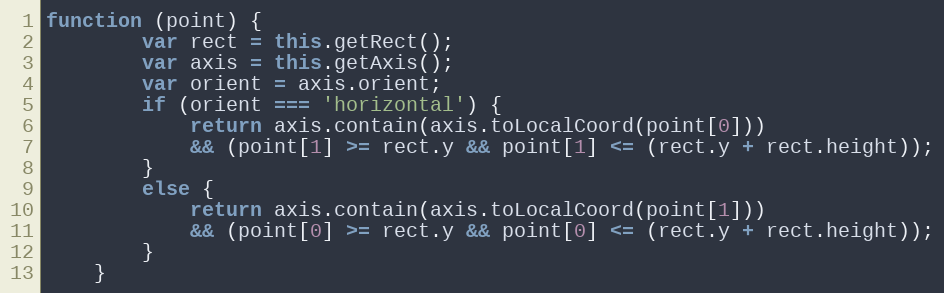
Language: JavaScript
function (point) {
        var rect = this.getRect();
        var axis = this.getAxis();
        var orient = axis.orient;
        if (orient === 'horizontal') {
            return axis.contain(axis.toLocalCoord(point[0]))
            && (point[1] >= rect.y && point[1] <= (rect.y + rect.height));
        }
        else {
            return axis.contain(axis.toLocalCoord(point[1]))
            && (point[0] >= rect.y && point[0] <= (rect.y + rect.height));
        }
    }